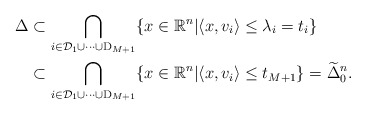
\begin{align*} \Delta &\subset \bigcap_{i\in\mathcal{D}_1\cup\cdots\cup\mathrm{D}_{M+1}} \{x\in\mathbb{R}^n |\langle x,v_i\rangle\leq\lambda_i=t_{i}\}\\& \subset\bigcap_{i\in\mathcal{D}_1\cup\cdots\cup\mathrm{D}_{M+1}} \{x\in\mathbb{R}^n |\langle x,v_i\rangle\leq t_{M+1}\} =\widetilde{\Delta}^n_0.\end{align*}